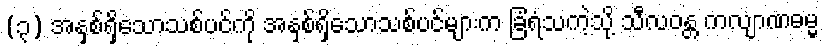
(၃) အနှစ်ရှိသောသစ်ပင်ကို အနှစ်ရှိသောသစ်ပင်များက ခြံရံသကဲ့သို့ သီလဝန္တ ကလျာဏဓမ္မ